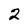
Character: 2